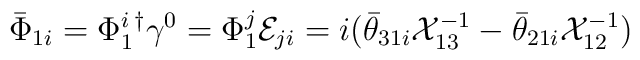
\bar{\Phi}_{1i}= \Phi_{1}^{i}{}^{\dagger}\gamma^{0}=\Phi_{1}^{j}{\cal E}_{ji}=i(\bar{\theta}_{31i}{\cal X}_{13}^{-1}-\bar{\theta}_{21i}{\cal X}_{12}^{-1})